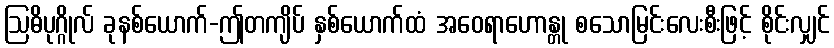
ဩဓိပုဂ္ဂိုလ် ခုနစ်ယောက်-ဤတကျိပ် နှစ်ယောက်ထံ အဝေရာဟောန္တု စသောမြင်းလေးစီးဖြင့် စိုင်းလျှင်